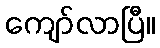
ကျော်လာပြီ။